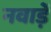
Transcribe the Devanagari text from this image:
नवाड़ें